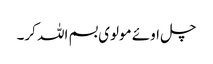
چل اوئے مولوی بسم اللہ کر۔